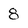
Character: 8